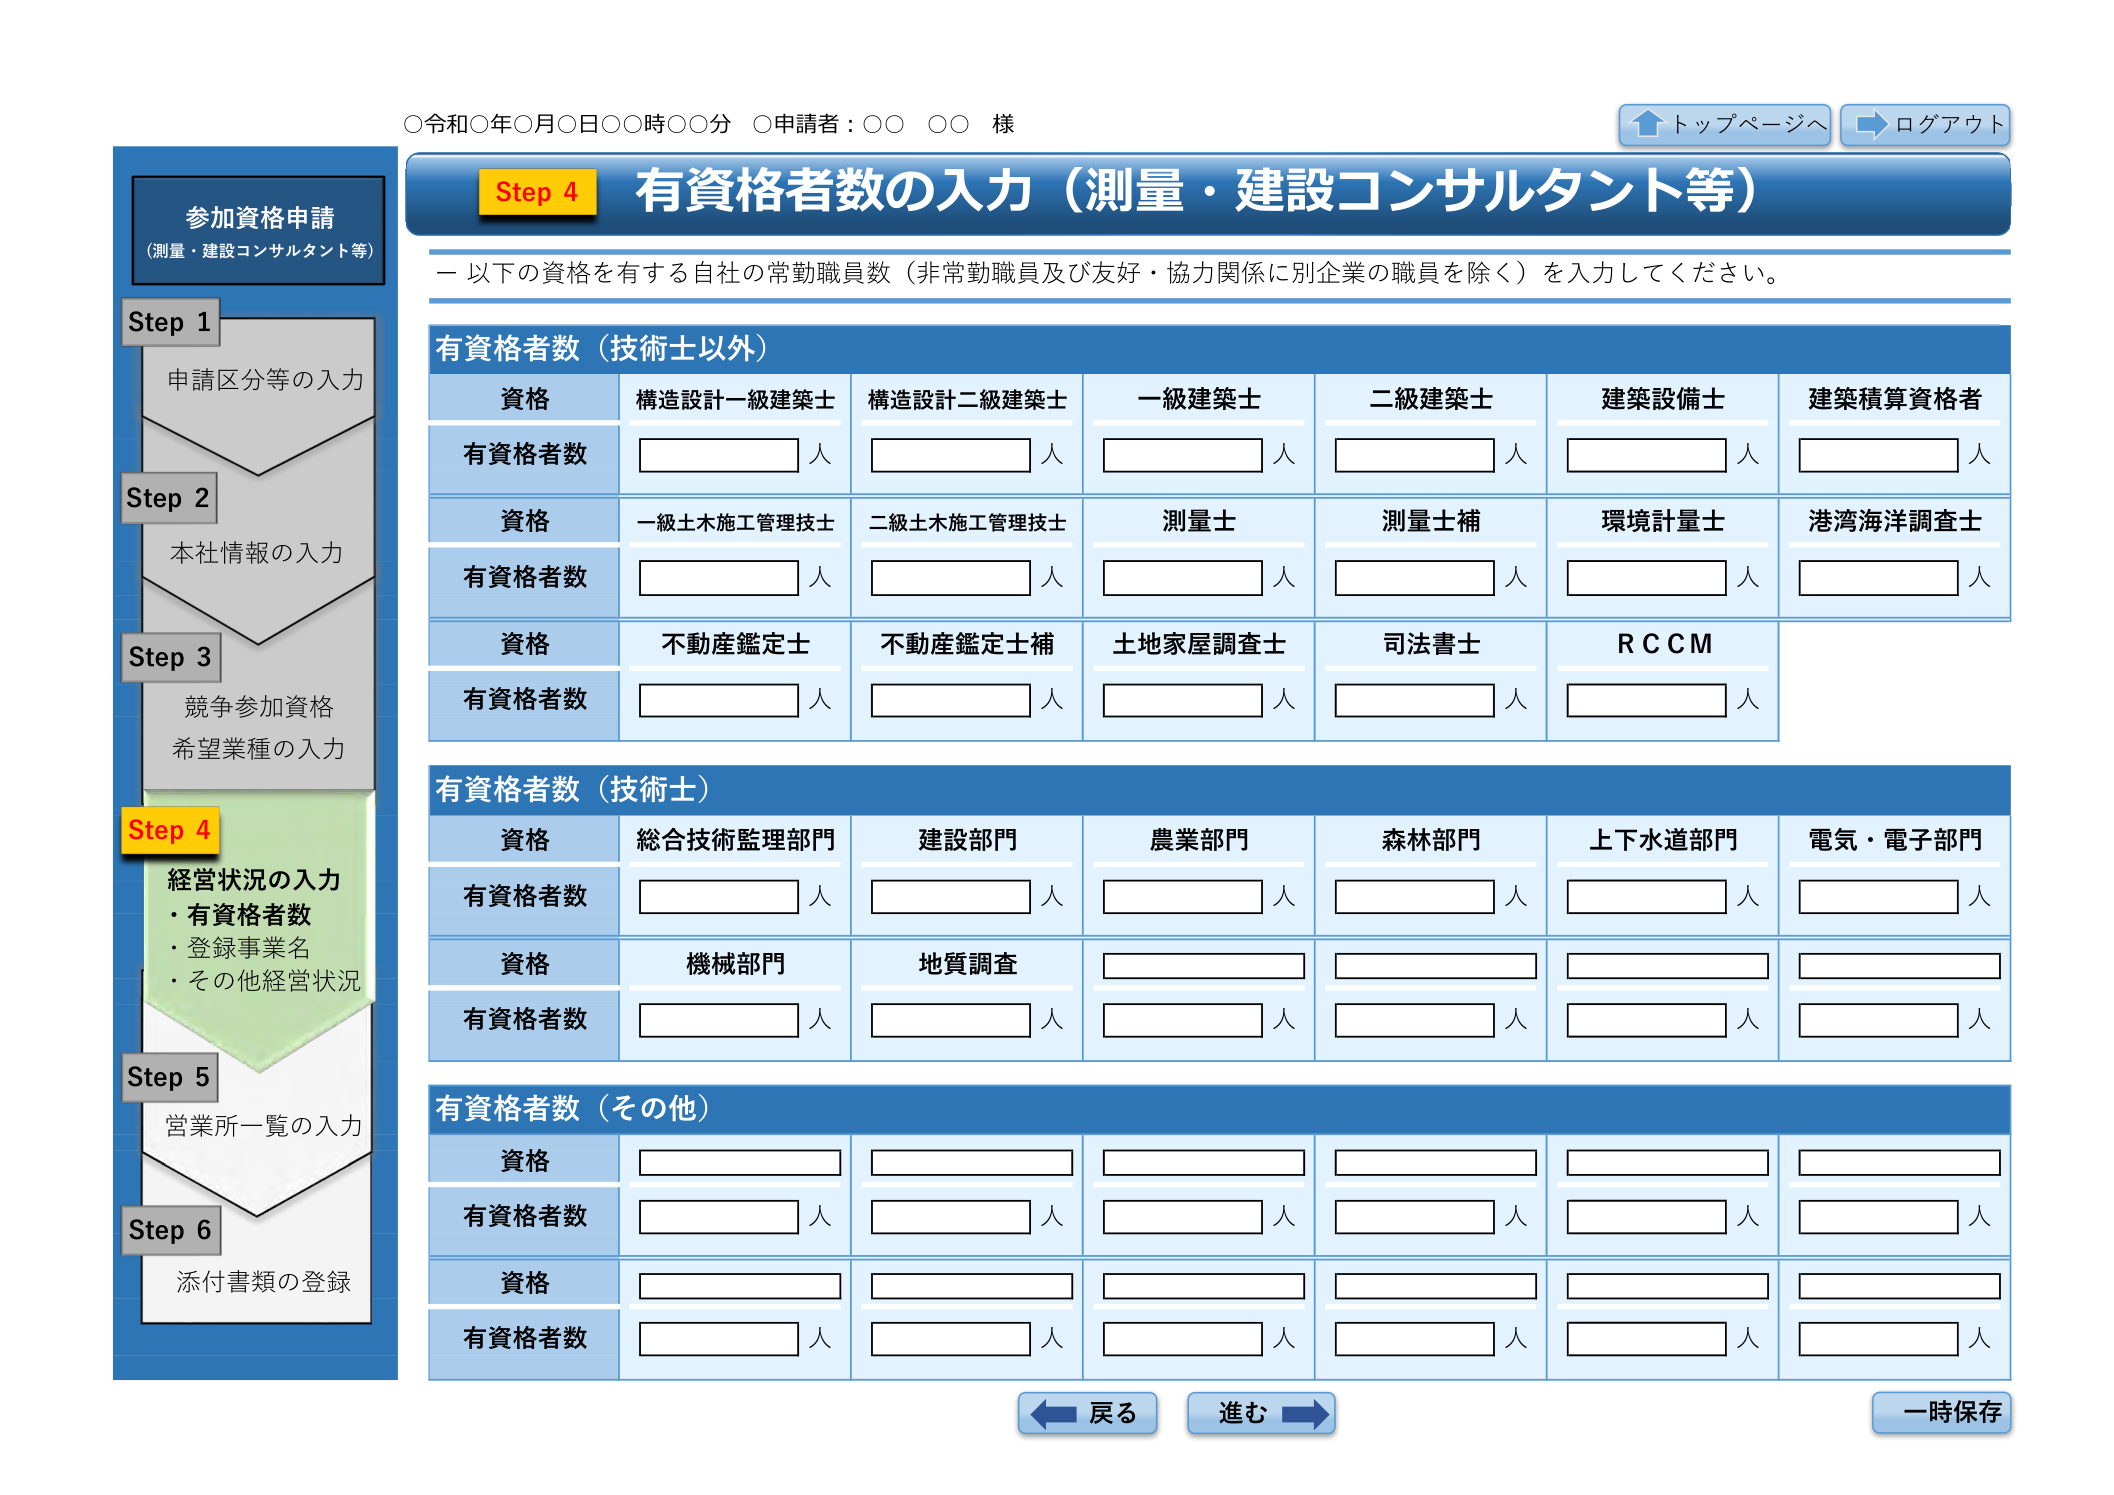
○令和○年○月○日○○時○○分 ○申請者：○○ ○○ 様

トップページへ ログアウト

参加資格申請
（測量・建設コンサルタント等）

Step 1
申請区分等の入力

Step 2
本社情報の入力

Step 3
競争参加資格
希望業種の入力

Step 4
経営状況の入力
・有資格者数
・登録事業名
・その他経営状況

Step 5
営業所一覧の入力

Step 6
添付書類の登録

Step 4 有資格者数の入力（測量・建設コンサルタント等）

ー 以下の資格を有する自社の常勤職員数（非常勤職員及び友好・協力関係に別企業の職員を除く）を入力してください。

有資格者数（技術士以外）

資格
構造設計一級建築士
構造設計二級建築士
一級建築士
二級建築士
建築設備士
建築積算資格者

有資格者数
人
人
人
人
人
人

資格
一級土木施工管理技士
二級土木施工管理技士
測量士
測量士補
環境計量士
港湾海洋調査士

有資格者数
人
人
人
人
人
人

資格
不動産鑑定士
不動産鑑定士補
土地家屋調査士
司法書士
R C C M

有資格者数
人
人
人
人
人

有資格者数（技術士）

資格
総合技術監理部門
建設部門
農業部門
森林部門
上下水道部門
電気・電子部門

有資格者数
人
人
人
人
人
人

資格
機械部門
地質調査

有資格者数
人
人
人
人
人
人

有資格者数（その他）

資格
人
人
人
人
人
人

資格
人
人
人
人
人
人

戻る 進む 一時保存